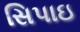
સિપાઇ